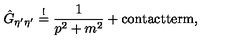
\hat { G } _ { \eta ^ { \prime } \eta ^ { \prime } } \stackrel { ! } { = } \frac { 1 } { p ^ { 2 } + m ^ { 2 } } + \mathrm { c o n t a c t t e r m } ,